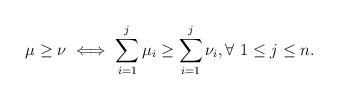
LaTeX: \begin{align*}\mu \geq \nu \iff \sum_{i=1}^{j} \mu_i \geq \sum_{i=1}^{j} \nu_i, \forall\ 1 \leq j \leq n.\end{align*}